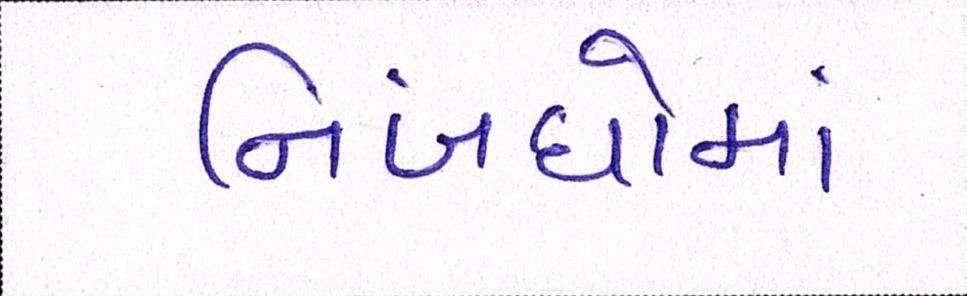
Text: નિબંધોમાં